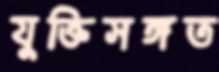
যুক্তিসঙ্গত